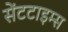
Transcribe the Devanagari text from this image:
सेंटटाइम्स